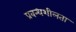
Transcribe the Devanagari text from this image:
प्रबन्धशीलता